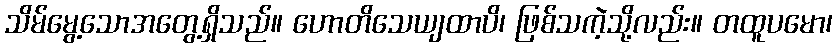
သိမ်မွေ့သောအတွေ့ရှိသည်။ ဟောတိသေယျထာပိ၊ ဖြစ်သကဲ့သို့လည်း။ တထူပမော၊